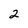
Character: 2